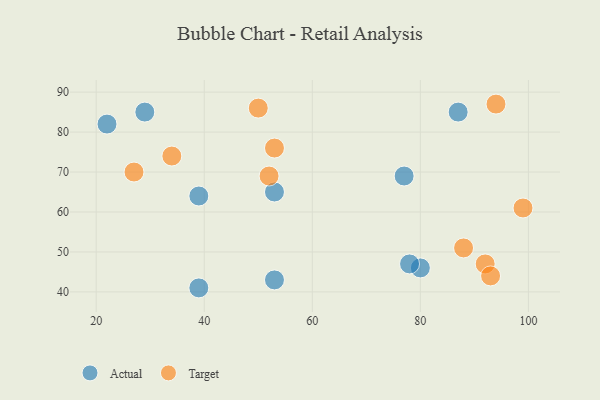
{"axis": {"x": "GDP", "y": "Life Expectancy"}, "legend": ["Actual", "Target"], "data": [{"x": "53", "y": 65, "type": "Actual"}, {"x": "80", "y": 46, "type": "Actual"}, {"x": "53", "y": 43, "type": "Actual"}, {"x": "22", "y": 82, "type": "Actual"}, {"x": "77", "y": 69, "type": "Actual"}, {"x": "78", "y": 47, "type": "Actual"}, {"x": "39", "y": 41, "type": "Actual"}, {"x": "29", "y": 85, "type": "Actual"}, {"x": "39", "y": 64, "type": "Actual"}, {"x": "87", "y": 85, "type": "Actual"}, {"x": "92", "y": 47, "type": "Target"}, {"x": "52", "y": 69, "type": "Target"}, {"x": "50", "y": 86, "type": "Target"}, {"x": "88", "y": 51, "type": "Target"}, {"x": "93", "y": 44, "type": "Target"}, {"x": "99", "y": 61, "type": "Target"}, {"x": "53", "y": 76, "type": "Target"}, {"x": "27", "y": 70, "type": "Target"}, {"x": "34", "y": 74, "type": "Target"}, {"x": "94", "y": 87, "type": "Target"}]}